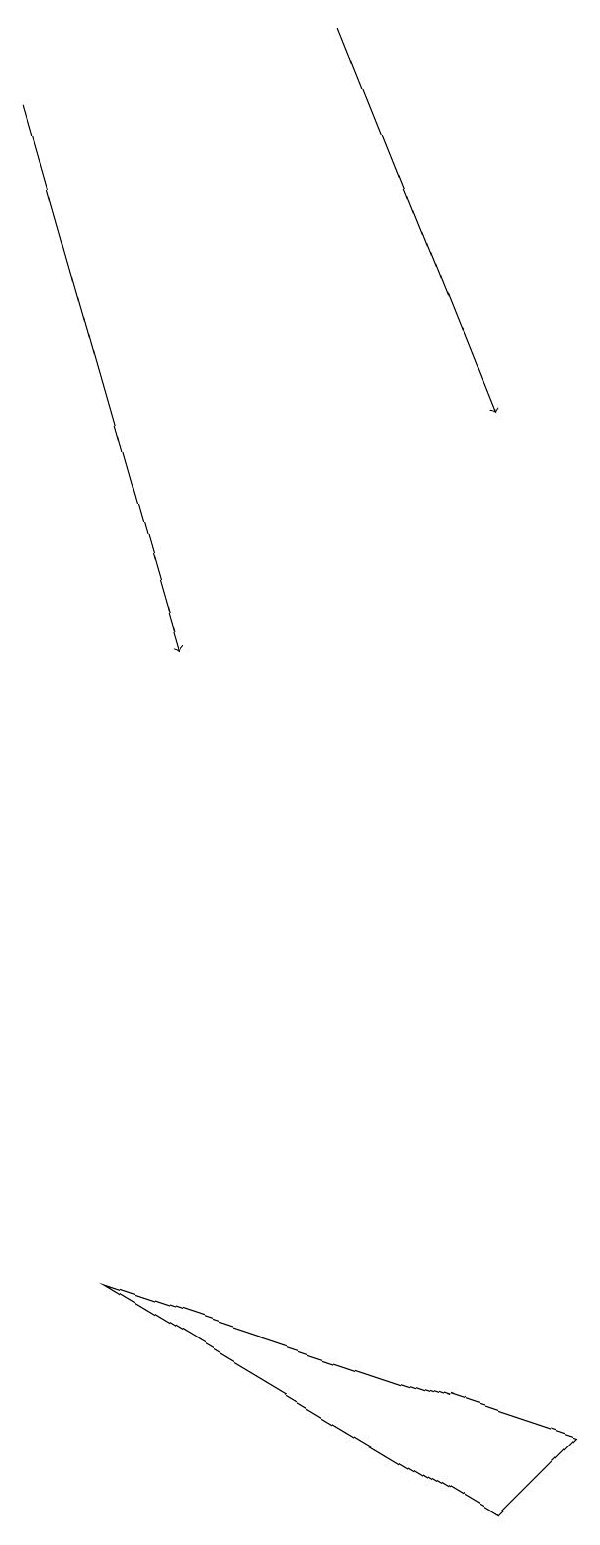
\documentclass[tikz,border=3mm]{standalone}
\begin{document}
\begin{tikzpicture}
\draw (7,0) -- (2,3) -- (8,1) -- cycle;
\draw[->] (5,19) -- (7,14);
\draw[->] (1,18) -- (3,11);
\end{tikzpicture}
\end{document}